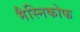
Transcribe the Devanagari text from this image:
मैस्निकोफ